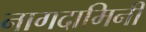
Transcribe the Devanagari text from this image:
नागदामिनी